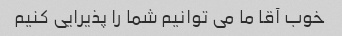
خوب آقا ما می توانیم شما را پذیرایی کنیم